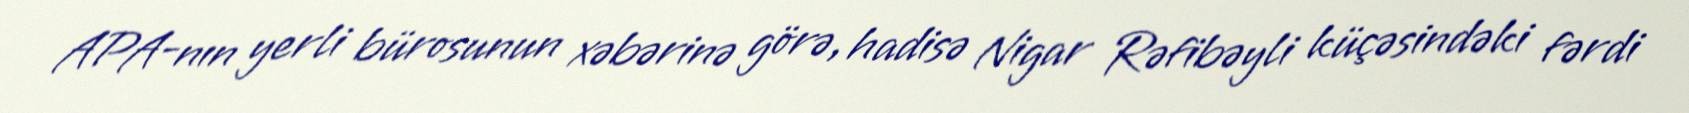
APA-nın yerli bürosunun xəbərinə görə, hadisə Nigar Rəfibəyli küçəsindəki fərdi